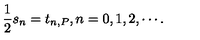
\frac { 1 } { 2 } s _ { n } = t _ { n , P } , n = 0 , 1 , 2 , \cdots .